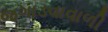
જગાડવાવાળી